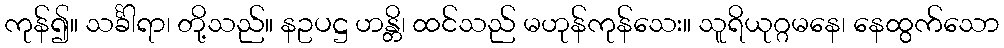
ကုန်၍။ သင်္ခါရာ၊ တို့သည်။ နဥပဋ္ဌ ဟန္တိ၊ ထင်သည် မဟုန်ကုန်သေး။ သူရိယုဂ္ဂမနေ၊ နေထွက်သော